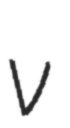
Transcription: v